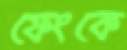
ফেংকে